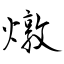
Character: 燉